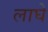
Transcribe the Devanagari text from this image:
लाघे